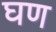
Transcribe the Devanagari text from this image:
घण